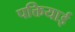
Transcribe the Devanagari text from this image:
पक्तियाई